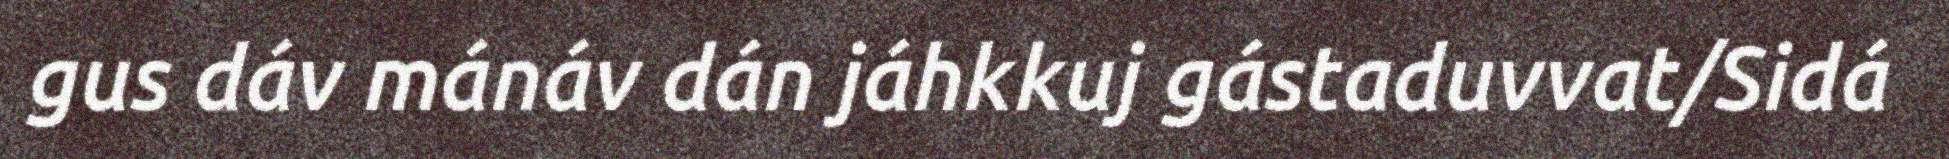
gus dáv mánáv dán jáhkkuj gástaduvvat/Sidá